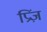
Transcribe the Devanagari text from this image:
प्रिंज़